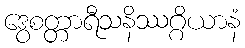
ဒွေစတ္တာရီသနိဿဂ္ဂိယာနံ